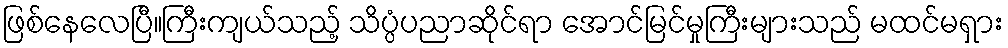
ဖြစ်နေလေပြီ။ကြီးကျယ်သည့် သိပ္ပံပညာဆိုင်ရာ အောင်မြင်မှုကြီးများသည် မထင်မရှား